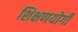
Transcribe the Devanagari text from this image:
शिक्षणयोगी